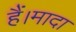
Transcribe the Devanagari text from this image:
हैं।मादा